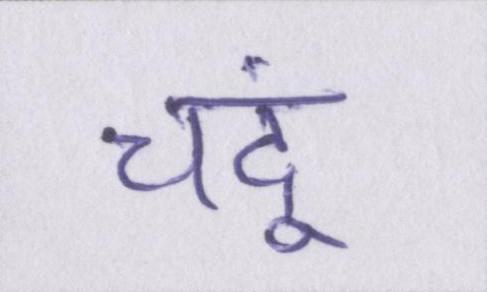
चंदू